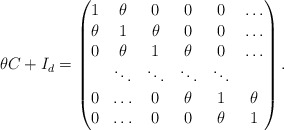
\begin{align*} \theta C+I_d=\begin{pmatrix}1 & \theta & 0 & 0 & 0&\hdots\cr \theta & 1 & \theta & 0 & 0&\hdots\cr 0 & \theta & 1 & \theta & 0&\hdots\cr &\ddots&\ddots&\ddots&\ddots& \cr0&\hdots & 0 & \theta & 1 & \theta\cr0&\hdots & 0 & 0 & \theta & 1\end{pmatrix}.\end{align*}